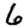
Digit: 6